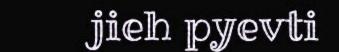
jieh pyevti